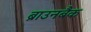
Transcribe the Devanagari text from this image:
ब्राउनबैक